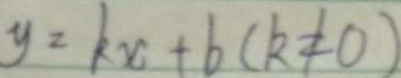
y = k x + b ( k \neq 0 )